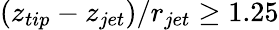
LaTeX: (z_{tip}-z_{jet})/r_{jet}\geq 1.25